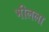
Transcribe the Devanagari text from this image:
भीलला